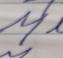
Signature authenticity: forged